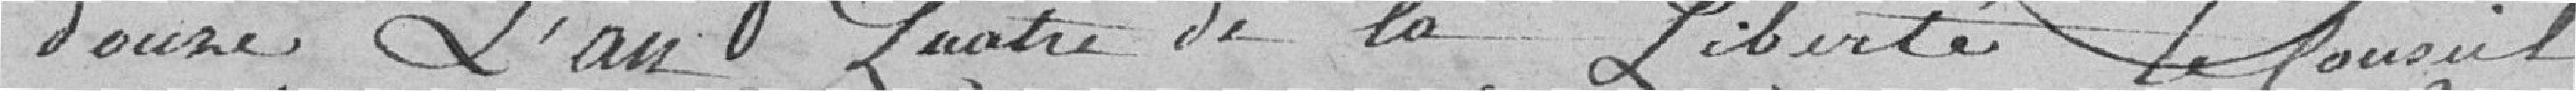
douze, l'an quatre de la Liberté, le conseil